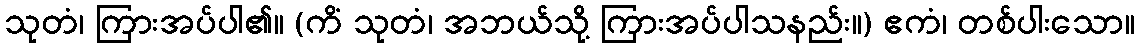
သုတံ၊ ကြားအပ်ပါ၏။ (ကိံ သုတံ၊ အဘယ်သို့ ကြားအပ်ပါသနည်း။) ဧကံ၊ တစ်ပါးသော။